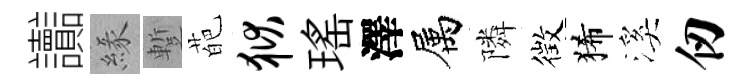
讟緣蹔葩狱瑤澤属隣徴狶溪仞